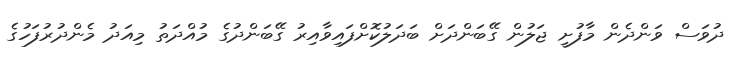
ދުވަސް ވަންދެން މާފުށީ ޖަލުން ގޭބަންދަށް ބަދަލުކޮށްފައިވާއިރު ގޭބަންދުގެ މުއްދަތު މިއަދު މެންދުރުފަހުގެ